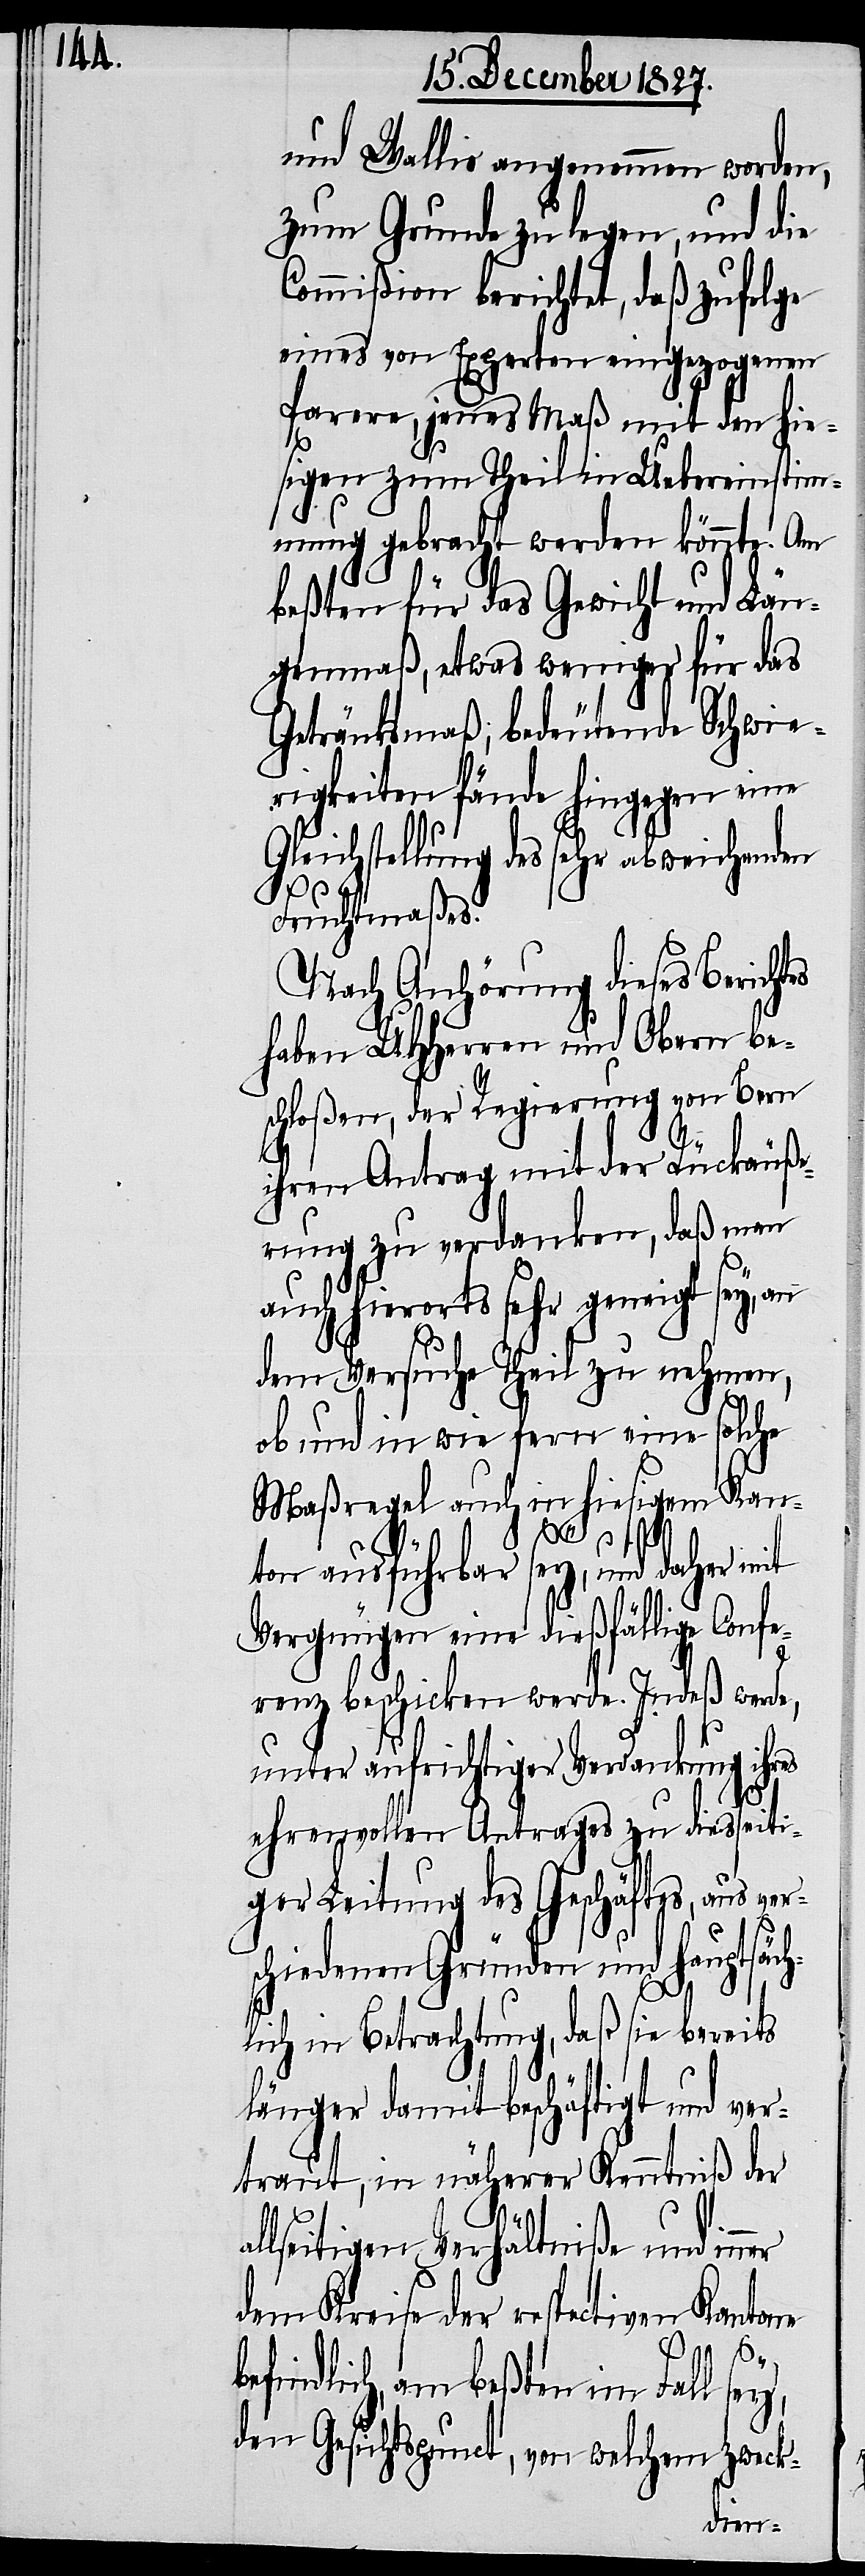
al¬

und Wallis angenommen worden,
zum Grunde zu legen, und die
Commißion berichtet, daß zufolge
eines von Experten eingezogenen
Parere, jenes Maß mit den hie¬
sigen zum Theil in Uebereinstim¬
mung gebracht werden könnte. Am
beßten für das Gewicht und Län¬
genmaß, etwas weniger für das
Getränksmaß; bedeutende Schwie¬
rigkeiten fände hingegen eine
Gleichstellung des sehr abweichenden
mer
Fruchtmaßes.
Nach Anhörung dieses Berichtes
haben UHHerren und Obern be¬
schloßen, der Regierung von Bern
ihren Antrag mit der Rückäuße¬
rung zu verdanken, daß man
auch hierorts sehr geneigt sey, an
dem Versuche Theil zu nehmen,
ob und in wie fern eine solche
Maßregel auch in hiesigem Kan¬
ton ausführbar sey, und daher mit
Vergnügen eine dießfällige Confe¬
renz beschicken werde. Indeß werde,
unter aufrichtiger Verdankung ihres
ehrenvollen Antrages zu diesseiti¬
ger Leitung des Geschäftes, aus ver¬
schiedenen Gründen und hauptsäch¬
lich in Betrachtung, daß sie bereits
länger damit beschäftigt und ver¬
traut, in näherer Kenntniß der
lseitigen Verhältniße und im¬
dem Kreise der respectiven Kantone
befindlich, am beßten im Fall sey,
den Gesichtspunct, von welchem zweck-